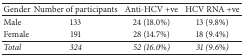
<table><thead><tr><td><b>Gender</b></td><td><b>Number of participants</b></td><td><b>Anti-HCV +ve</b></td><td><b>HCV RNA +ve</b></td></tr></thead><tbody><tr><td>Male</td><td>133</td><td>24 (18.0%)</td><td>13 (9.8%)</td></tr><tr><td>Female</td><td>191</td><td>28 (14.7%)</td><td>18 (9.4%)</td></tr><tr><td><i>Total</i></td><td><i>324</i></td><td><i>52 (16.0%)</i></td><td><i>31 (9.6%)</i></td></tr></tbody></table>